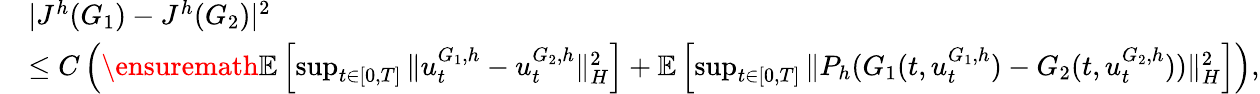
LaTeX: \begin{array}{rl}&{|J^{h}(G_{1})-J^{h}(G_{2})|^{2}}\\ &{\leq C\left(\ensuremath{{\mathbb E}}\left[\operatorname*{sup}_{t\in[0,T]}\| u_{t}^{G_{1},h}-u_{t}^{G_{2},h}\| _{H}^{2}\right]+\mathbb{E}\left[\operatorname*{sup}_{t\in[0,T]}\| P_{h}(G_{1}(t,u_{t}^{G_{1},h})-G_{2}(t,u_{t}^{G_{2},h}))\| _{H}^{2}\right]\right),}\end{array}